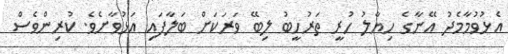
އެޅުވުމާމެދު އޭނާގެ ހިޔާލު ހުރީ ތަރުހީބު ލިބޭ ވަރަކަށް ބަލާފައި އަޅުވާށެވެ. ކުރިންވެސް